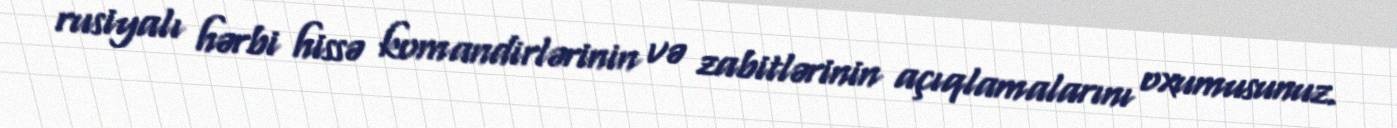
rusiyalı hərbi hissə komandirlərinin və zabitlərinin açıqlamalarını oxumusunuz.